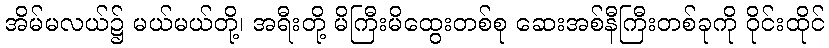
အိမ်မလယ်၌ မယ်မယ်တို့၊ အရီးတို့ မိကြီးမိထွေးတစ်စု ဆေးအစ်နီကြီးတစ်ခုကို ဝိုင်းထိုင်